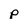
Character: p